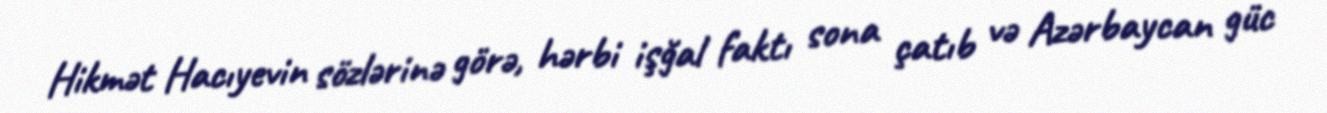
Hikmət Hacıyevin sözlərinə görə, hərbi işğal faktı sona çatıb və Azərbaycan güc